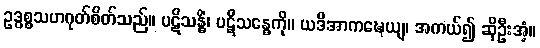
ဥဒ္ဓစ္စသဟဂုတ်စိတ်သည်။ ပဋိသန္ဓိံ၊ ပဋိသန္ဓေကို။ ယဒိအာကဍ္ဎေယျ၊ အကယ်၍ ဆိုဦးအံ့။